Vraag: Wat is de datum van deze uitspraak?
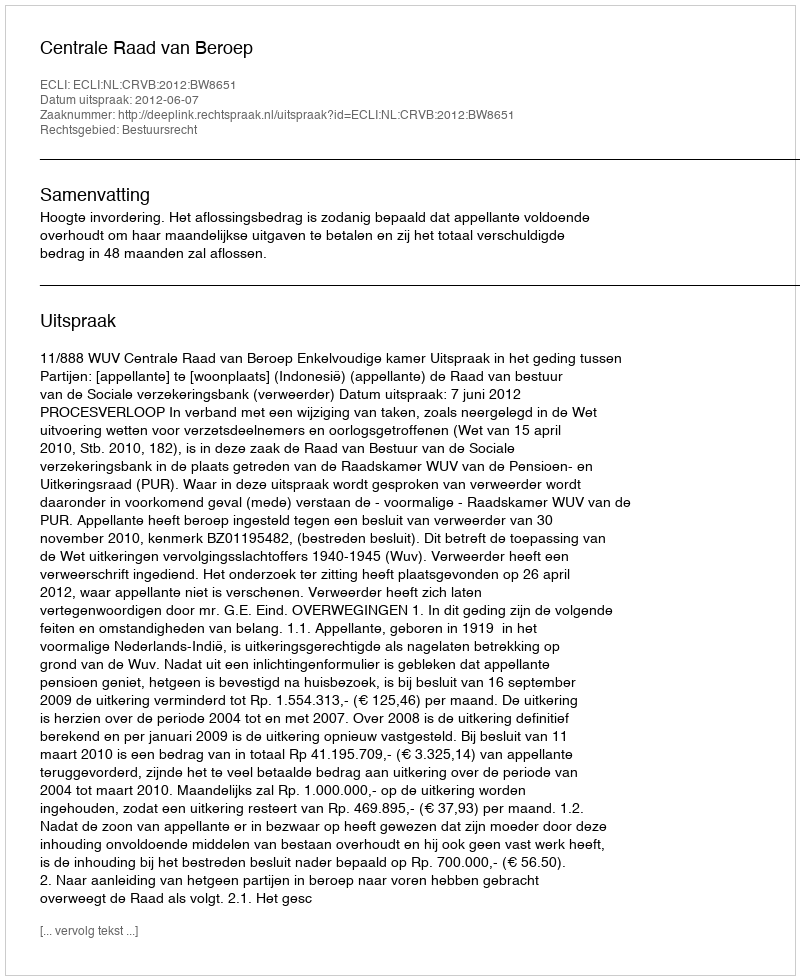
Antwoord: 2012-06-07